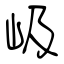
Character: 岋